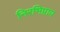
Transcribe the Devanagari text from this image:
निरभिप्राय